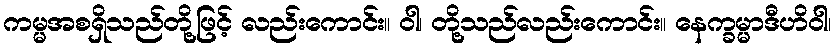
ကမ္မအစရှိသည်တို့ဖြင့် လည်းကောင်း။ ဝါ၊ တို့သည်လည်းကောင်း။ နေက္ခမ္မာဒီဟိဝါ၊